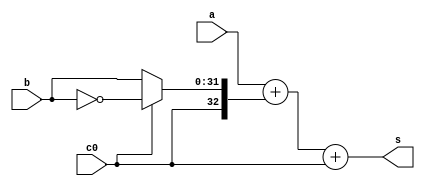
module ADC32(
    input [31:0] a,
    input [31:0] b,
    input c0,
    output [32:0] s
);
    reg [31:0] b1;
    
    always @(*) begin
        if(c0 == 1'b1) b1 = ~b;
        else b1 = b;
    end
    
    assign s={1'b0, a} + {c0, b1} + c0;
endmodule